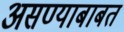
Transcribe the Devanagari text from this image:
असण्याबाबत